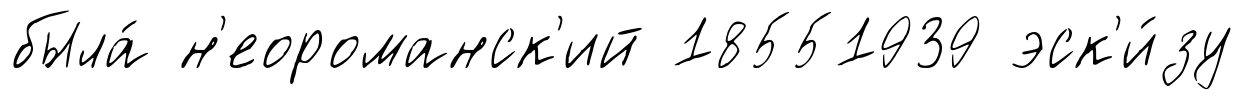
была́ н'еороманск'ий 18551939 эск'и́зу